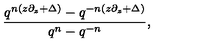
{ \frac { q ^ { n ( z \partial _ { z } + \Delta ) } - q ^ { - n ( z \partial _ { z } + \Delta ) } } { q ^ { n } - q ^ { - n } } } ,